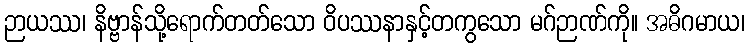
ဉာယဿ၊ နိဗ္ဗာန်သို့ရောက်တတ်သော ဝိပဿနာနှင့်တကွသော မဂ်ဉာဏ်ကို။ အဓိဂမာယ၊